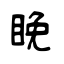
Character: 睌